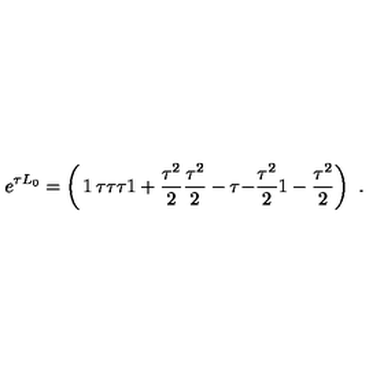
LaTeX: e ^ { \tau L _ { 0 } } = \left( \begin{matrix} { \strut 1 } & { \tau } & { \tau } \\ { \strut \tau } & { 1 + { \frac { \tau ^ { 2 } } { 2 } } } & { { \frac { \tau ^ { 2 } } { 2 } } } \\ { \strut - \tau } & { - { \frac { \tau ^ { 2 } } { 2 } } } & { 1 - { \frac { \tau ^ { 2 } } { 2 } } } \\ \end{matrix} \right) \ .